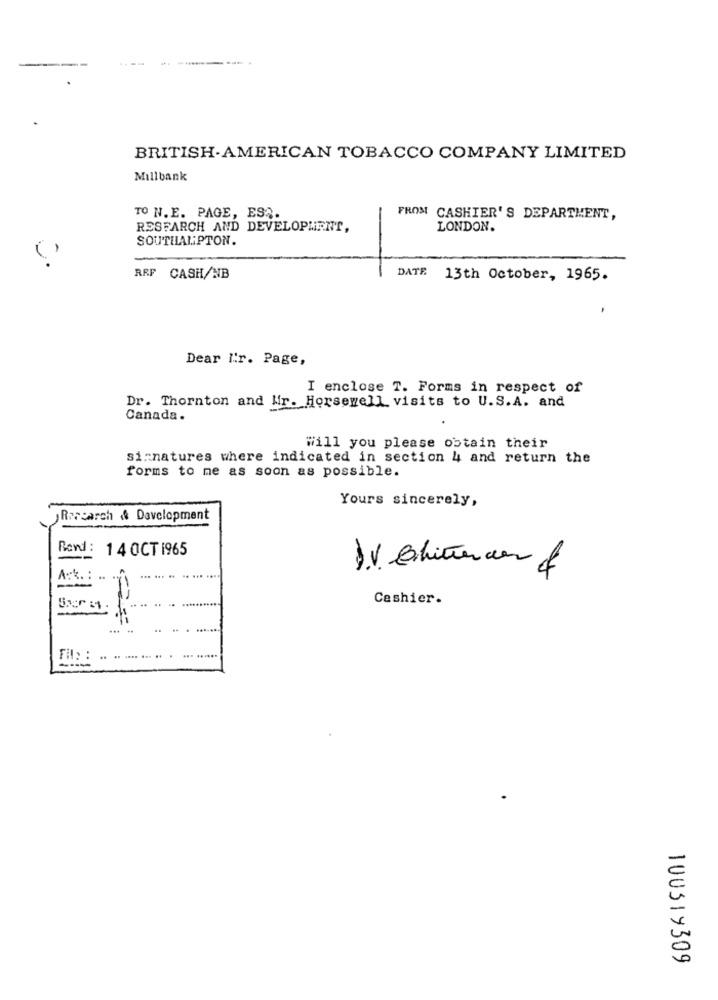
BRITISH-AMERICAN TOBACCO COMPANY LIMITED
Millbank
TO N.E. PAGE, ESQ.
FROM CASHIER'S DEPARTMENT,
RESEARCH AND DEVELOPMENT,
LONDON.
SOUTHAMPTON.
ARF CASH/NB
DATE 13th October, 1965.
Dear I:r. Page,
I enclose T. Forms in respect of
Dr. Thornton and Wir. Horsewell visits to U.S.A. and
Canada.
Will you please obtain their
si:natures where indicated in section 4 and return the
forms to me as soon as possible.
Yours sincerely,
Research & Development
Rend : 14 OCT 1965
... ... .
Cashier.
.... . ..
......
100319309